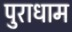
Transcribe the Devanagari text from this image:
पुराधाम